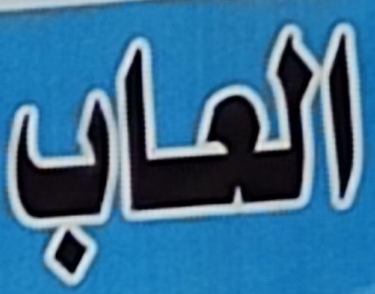
العاب